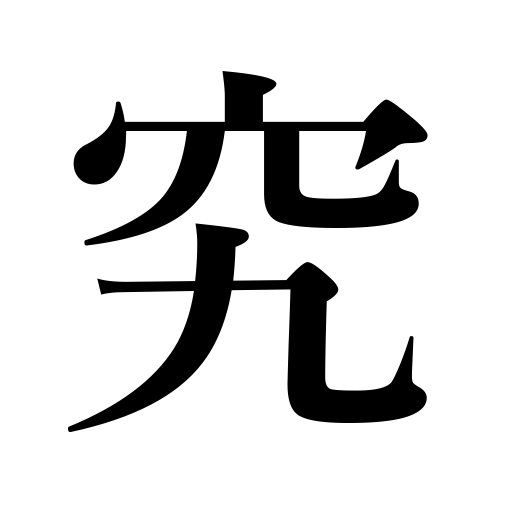
Meanings: master,carry to extremes,investigate thoroly